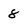
Character: 8